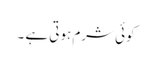
کوئی شرم ہوتی ہے ۔